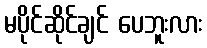
မပိုင်ဆိုင်ချင် ပေဘူးလား